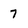
Character: 7